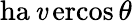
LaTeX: \operatorname{ha\mathit{v}ercos}\theta